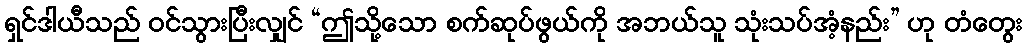
ရှင်ဒါယီသည် ဝင်သွားပြီးလျှင် “ဤသို့သော စက်ဆုပ်ဖွယ်ကို အဘယ်သူ သုံးသပ်အံ့နည်း” ဟု တံတွေး